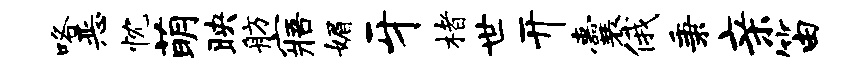
咯恶忱萌映舫寤媚牙楮世开囊俄秉亲笛